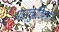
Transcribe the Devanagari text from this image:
पास्चुरीकरण